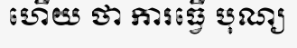
ហើយ ថា ការធ្វើ បុណ្យ